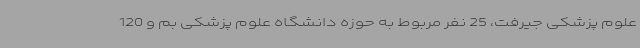
علوم پزشکی جیرفت، 25 نفر مربوط به حوزه دانشگاه علوم پزشکی بم و 120